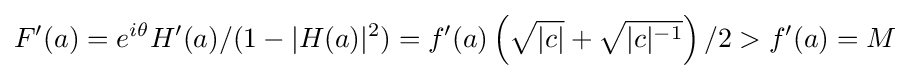
F'(a)=e^{i\theta }H'(a)/(1-|H(a)|^{2})=f'(a)\left({\sqrt {|c|}}+{\sqrt {|c|^{-1}}}\right)/2>f'(a)=M